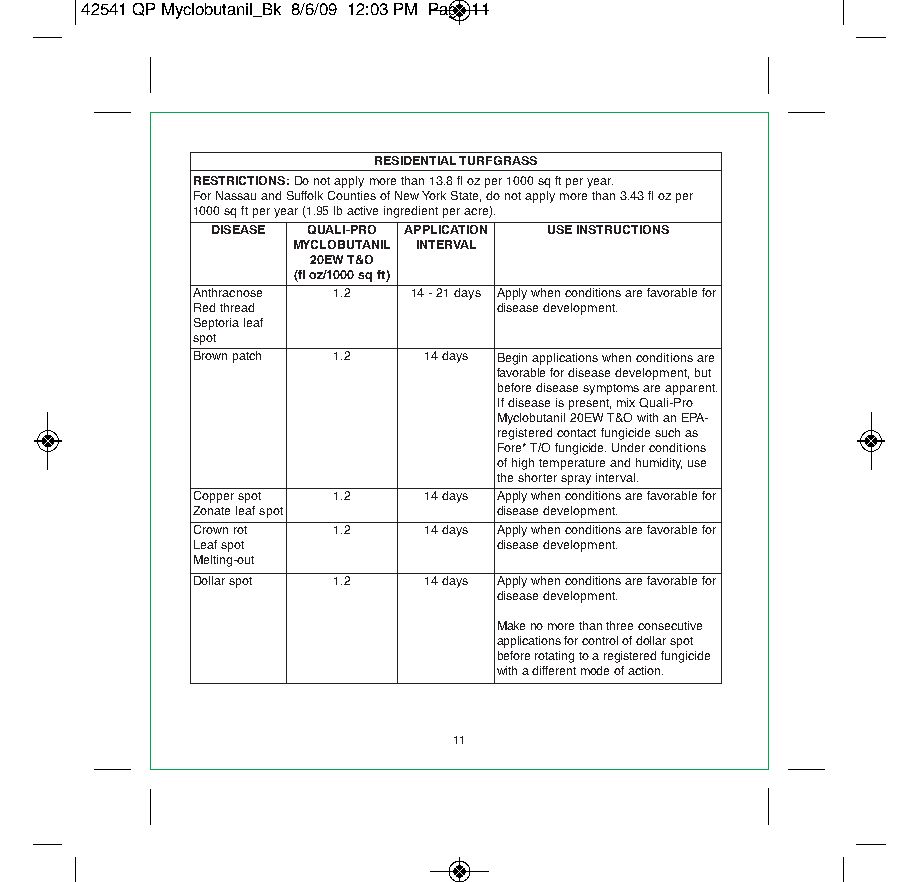
42541 QP Myclobutanil_Bk 8/6/09 12:03 PM Page 11
 RESIDENTIAL TURFGRASS
 RESTRICTIONS:Do not apply more than 13.8 fl oz per 1000 sq ft per year.
 For Nassau and Suffolk Counties of New York State, do not apply more than 3.43 fl oz per
 1000 sq ft per year (1.95 lb active ingredient per acre).
 DISEASE QUALI-PRO APPLICATION USE INSTRUCTIONS
 MYCLOBUTANIL INTERVAL
 20EW T&O
 (fl oz/1000 sq ft)
 Anthracnose 1.2 14 - 21 days Apply when conditions are favorable for
 Red thread          disease development.
 Septoria leaf
 spot
 Brown patch 1.2 14 days Begin applications when conditions are
 favorable for disease development, but
 before disease symptoms are apparent.
 If disease is present, mix Quali-Pro
 Myclobutanil 20EW T&O with an EPA-
 registered contact fungicide such as
 Fore* T/O fungicide. Under conditions
 of high temperature and humidity, use
 the shorter spray interval.
 Copper spot 1.2 14 days Apply when conditions are favorable for
 Zonate leaf spot    disease development.
 Crown rot 1.2  14 days Apply when conditions are favorable for
 Leaf spot           disease development.
 Melting-out
 Dollar spot 1.2 14 days Apply when conditions are favorable for
 disease development.
 Make no more than three consecutive
 applications for control of dollar spot
 before rotating to a registered fungicide
 with a different mode of action.
 11